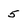
Character: 5